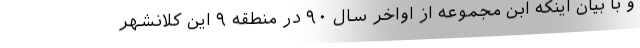
و با بیان اینکه ابن مجموعه از اواخر سال ٩٠ در منطقه ٩ این کلانشهر